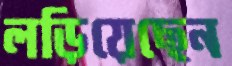
লড়িয়েছেন